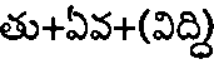
తు+ఏవ+(విద్చి